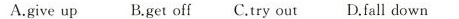
A.give up B.get off C.try out D.fall down